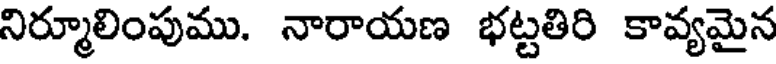
నిర్మూలింపుము. నారాయణ భట్టతిరి కావ్యమైన